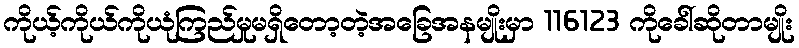
ကိုယ့်ကိုယ်ကိုယုံကြည်မှုမရှိတော့တဲ့အခြေအနမျိုးမှာ 116123 ကိုခေါ်ဆိုတာမျိုး